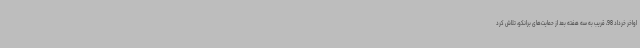
اواخر خرداد 98، قریب به سه هفته بعد از حمایت‌های برانکو، تلاش کرد